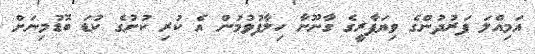
އަމިއްލަ ފަރުދުންގެ ވިޔަފާރީގެ ގާނޫނާ ހިލާފުވުމުން އެ ކުރި ކުށުގެ ކުޑަ ބޮޑުމިނަށް